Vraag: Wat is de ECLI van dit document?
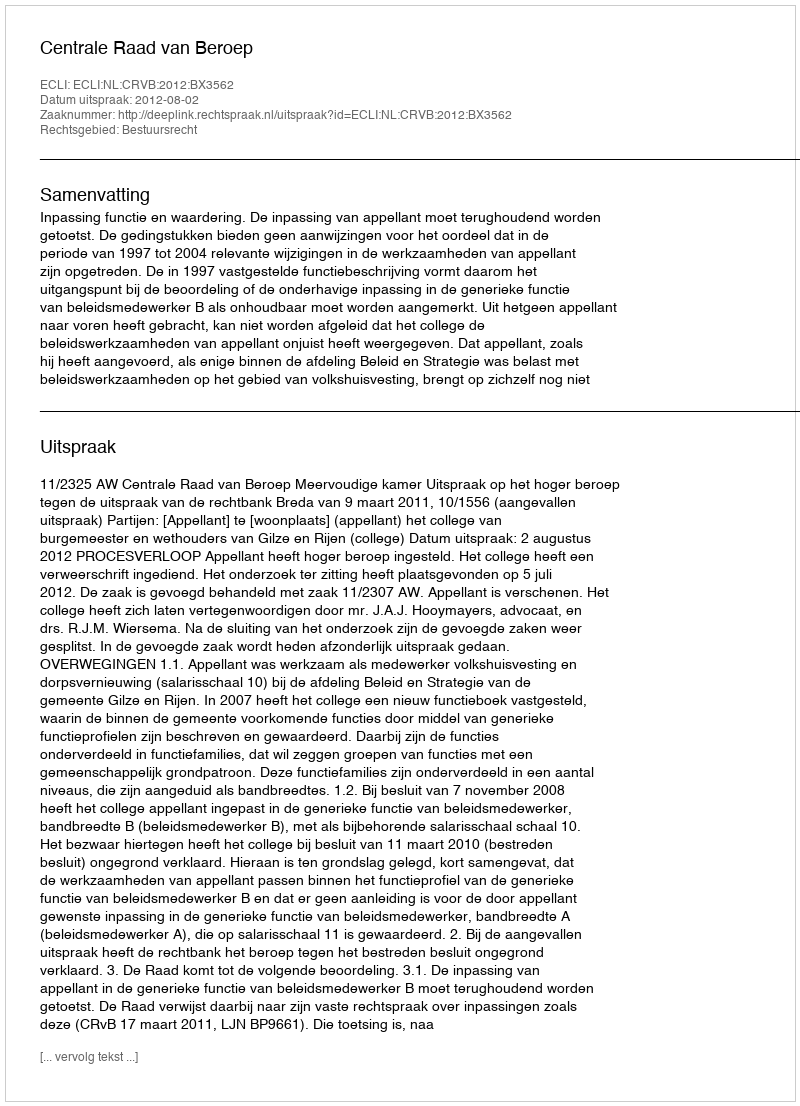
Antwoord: ECLI:NL:CRVB:2012:BX3562